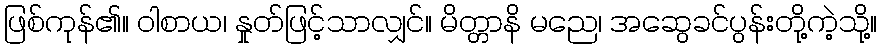
ဖြစ်ကုန်၏။ ဝါစာယ၊ နှုတ်ဖြင့်သာလျှင်။ မိတ္တာနိ မညေ၊ အဆွေခင်ပွန်းတို့ကဲ့သို့။